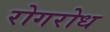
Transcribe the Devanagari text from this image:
रोगरोध